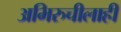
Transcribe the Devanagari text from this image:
अभिरुचीलाही